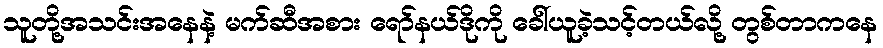
သူတို့အသင်းအနေနဲ့ မက်ဆီအစား ရော်နယ်ဒိုကို ခေါ်ယူခဲ့သင့်တယ်လို့ တွစ်တာကနေ